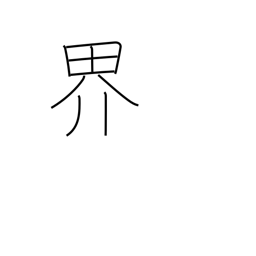
Meaning: boundary